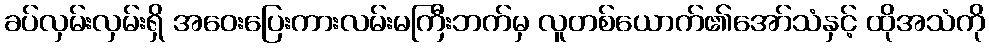
ခပ်လှမ်းလှမ်းရှိ အဝေးပြေးကားလမ်းမကြီးဘက်မှ လူတစ်ယောက်၏အော်သံနှင့် ထိုအသံကို